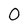
Character: 0